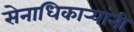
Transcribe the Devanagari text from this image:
सेनाधिकार्‍यांनी